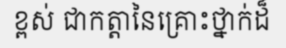
ខ្ពស់ ជាកត្តានៃគ្រោះថ្នាក់ដ៏